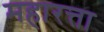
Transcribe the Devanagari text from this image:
महारत्ता